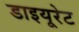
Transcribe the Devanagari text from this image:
डाइयूरेट